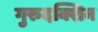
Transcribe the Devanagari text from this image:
गुरुदक्शिन